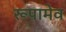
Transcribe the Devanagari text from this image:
रूपामेव